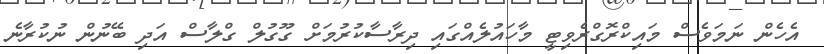
އެހެން ނަމަވެސް މައިކްރޮގްރެވިޓީ މާހައުލެއްގައި ދިރާސާކުރުމަށް ގޫގުލް ގްލާސް އަދި ބޭނުން ނުކުރާނެ